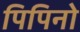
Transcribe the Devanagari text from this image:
पिपिनो